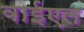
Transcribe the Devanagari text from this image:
वाईएल